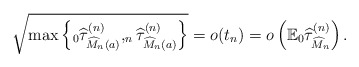
\begin{align*} \sqrt{\max\left\{_0\widehat{\tau}^{(n)}_{\widehat{M}_n(a)}, _{n}\widehat{\tau}^{(n)}_{\widehat{M}_{n}(a)}\right\}}=o(t_n) =o\left(\mathbb{E}_0\widehat{\tau}^{(n)}_{\widehat{M}_n}\right).\end{align*}